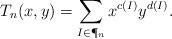
LaTeX: \begin{align*} T_n(x,y) = \sum_{I \in \P_n} x^{c(I)} y^{d(I)}.\end{align*}